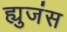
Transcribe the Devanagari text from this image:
ह्युजंस